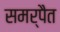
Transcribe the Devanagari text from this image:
समर्पैत